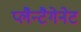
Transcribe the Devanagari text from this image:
प्लैन्टैगेनेट